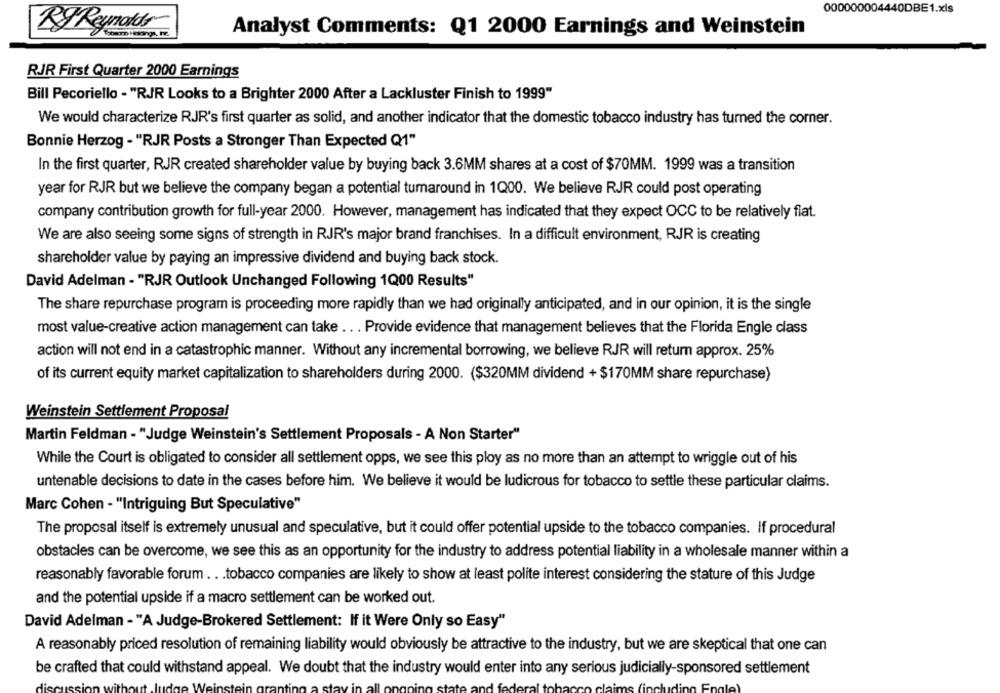
000000004440DBE1.xls
Ry Reynolds
Analyst Comments: Q1 2000 Earnings and Weinstein
RJR First Quarter 2000 Earnings
Bill Pecoriello - "RJR Looks to a Brighter 2000 After a Lackluster Finish to 1999"
We would characterize RJR's first quarter as solid, and another indicator that the domestic tobacco industry has turned the corner.
Bonnie Herzog - "RJR Posts a Stronger Than Expected Q1"
In the first quarter, RJR created shareholder value by buying back 3.6MM shares at a cost of $70MM. 1999 was a transition
year for RJR but we believe the company began a potential tumaround in 1Q00. We believe RJR could post operating
company contribution growth for full-year 2000. However, management has indicated that they expect OCC to be relatively flat.
We are also seeing some signs of strength in RJR's major brand franchises. In a difficult environment, RJR is creating
shareholder value by paying an impressive dividend and buying back stock.
David Adelman - "RJR Outlook Unchanged Following 1Q00 Results"
The share repurchase program is proceeding more rapidly than we had originally anticipated, and in our opinion, it is the single
most value-creative action management can take ... Provide evidence that management believes that the Florida Engle class
action will not end in a catastrophic manner. Without any incremental borrowing, we believe RJR will return approx. 25%
of its current equity market capitalization to shareholders during 2000. ($320MM dividend + $170MM share repurchase)
Weinstein Settlement Proposal
Martin Feldman - "Judge Weinstein's Settlement Proposals - A Non Starter"
While the Court is obligated to consider all settlement opps, we see this ploy as no more than an attempt to wriggle out of his
untenable decisions to date in the cases before him. We believe it would be ludicrous for tobacco to settle these particular claims.
Marc Cohen - "Intriguing But Speculative"
The proposal itself is extremely unusual and speculative, but it could offer potential upside to the tobacco companies. If procedural
obstacles can be overcome, we see this as an opportunity for the industry to address potential liability in a wholesale manner within a
reasonably favorable forum .. . tobacco companies are likely to show at least polite interest considering the stature of this Judge
and the potential upside if a macro settlement can be worked out.
David Adelman - "A Judge-Brokered Settlement: If it Were Only so Easy"
A reasonably priced resolution of remaining liability would obviously be attractive to the industry, but we are skeptical that one can
be crafted that could withstand appeal. We doubt that the industry would enter into any serious judicially-sponsored settlement